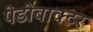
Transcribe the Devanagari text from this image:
पेडोबाक्टर